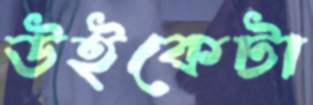
উইকেটা